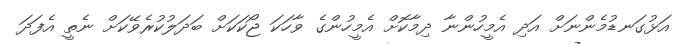
އަޅުގަނޑުމެންނަށް އަދި އެމީހުންނާ ދިމާކޮށް އެމީހުންގެ ވާހަކަ ޖޯކަކަށް ބަދަލުކުރެވޭކަށް ނެތީ އެފަދަ